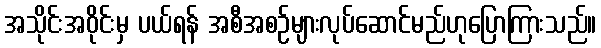
အသိုင်းအဝိုင်းမှ ပယ်ရန် အစီအစဉ်များလုပ်ဆောင်မည်ဟုပြောကြားသည်။